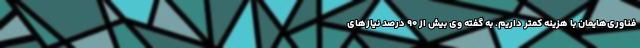
فناوری‌هایمان با هزینه کمتر داریم. به گفته وی بیش از ۹۰ درصد نیازهای